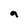
Character: a